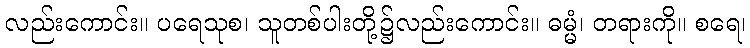
လည်းကောင်း။ ပရေသုစ၊ သူတစ်ပါးတို့၌လည်းကောင်း။ ဓမ္မံ၊ တရားကို။ စရေ၊